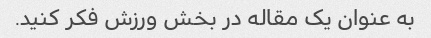
به عنوان یک مقاله در بخش ورزش فکر کنید.